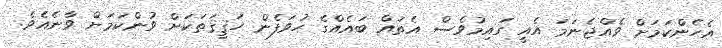
އެހެންކަމަށް ވެއްޖެނަމަ އެއީ ގައިމުވެސް އެތައް ބައެއްގެ ހުވަފެން ހަޤީޤަތަކަށް ވުންކަމަށް ވާނެއެވެ.